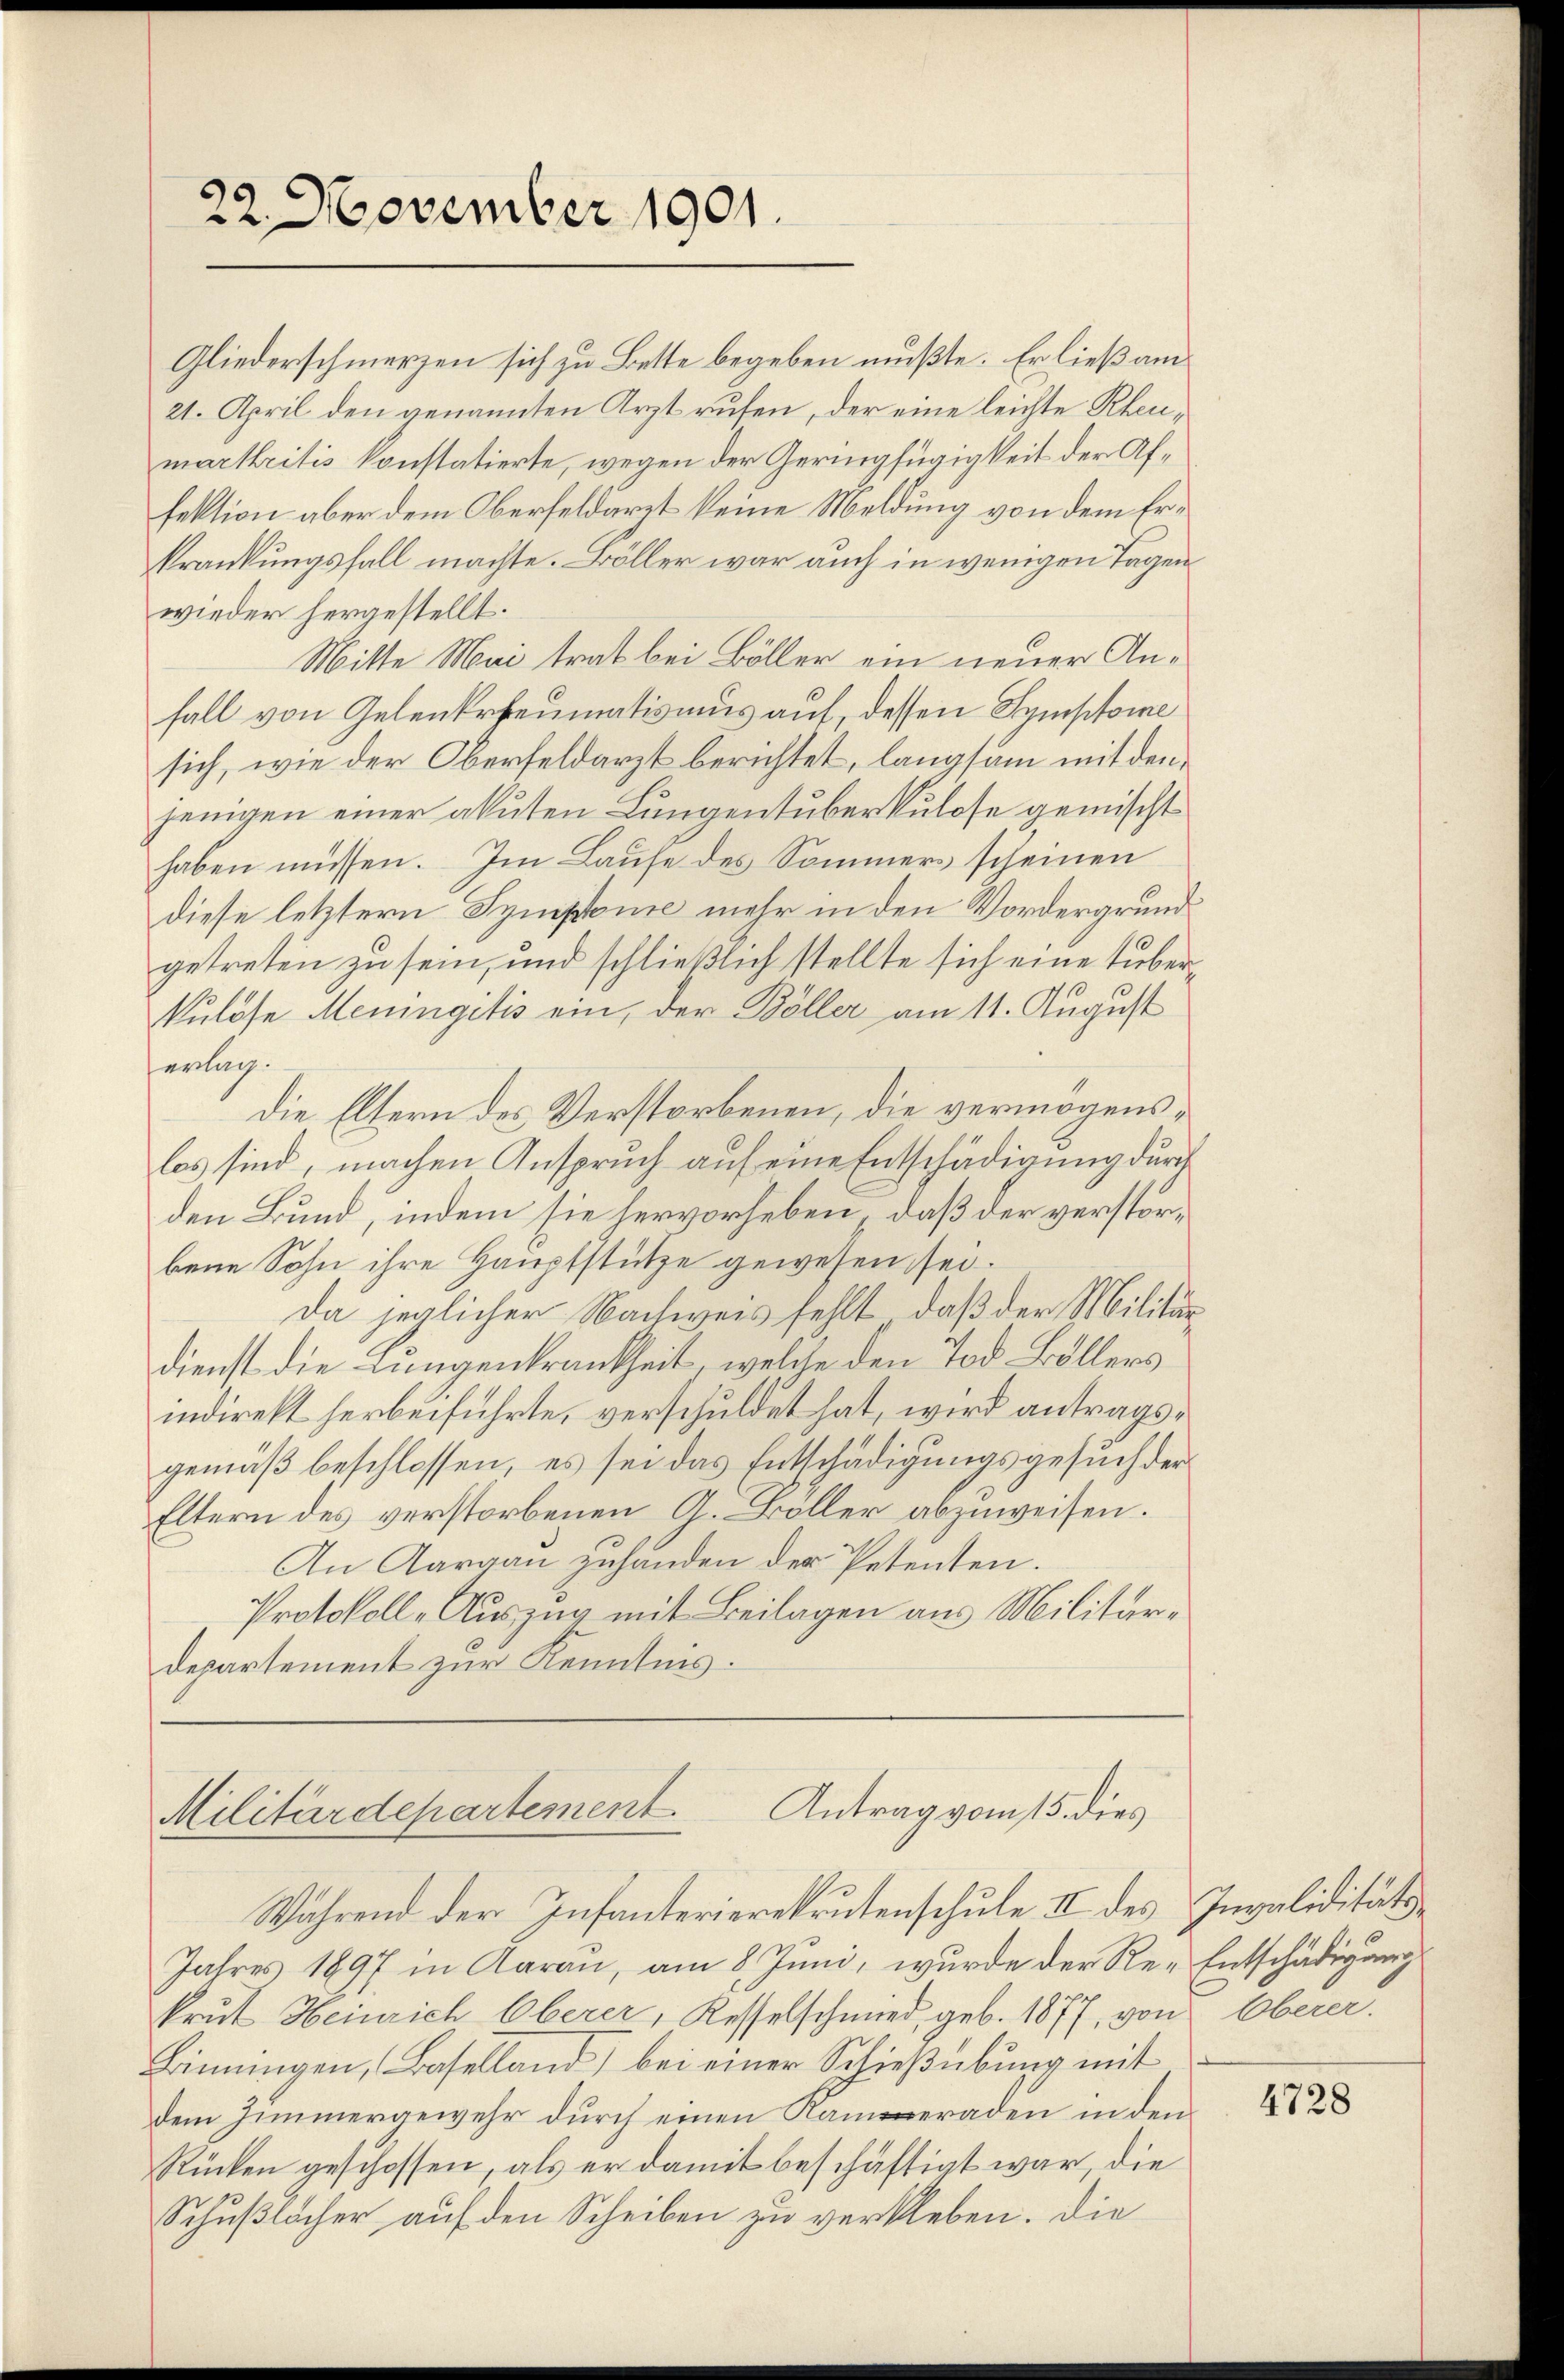
22. November 1901.

Antrag vom 15. dies
Militärdepartement

Gliederschmerzen sich zu Bette begeben mußte. Er ließ am
21. April den genannten Arzt rufen, der eine leichte Rheumarkritis konstatierte, wegen der Geringfügigkeit der Affektion aber dem Oberfeldaret keine Meldung von dem Erkrankungsfall machte. Böller war auch in wenigen Tagen
wieder hergestellt.
Mitte Mai trat bei Böller ein neuer Anfall von Gelenerheumatismus auf, dessen Symptome
sich, wie der Oberfeldarzt berichtet, langsam mit den
jenigen einer akuten Lungentuberkulose gemischt
haben müssen. Im Laufe des Sommers scheinen
diese letztern Symptonie mehr in den Vordergrundgetreten zu sein, und schließlich stellte sich eine überkulöse Meningitis ein, der Böller am 11. August
erlag.
die Eltern des Verstorbenen, die vermögenslos sind, machen Anspruch auf eine Entschädigung durch
den Bund, indem sie hervorheben, daß der verstorbene Sohn ihre Hauptstütze gewesen sei.
Da jeglicher Nachweis fehlt, daß der Militärdienst die Lungenkrankheit, welche den Tod Böllers
indirekt herbeiführte, verschuldet hat, wird antragsgemäß beschlossen, es sei das Entschädigungsgesuch der
Eltern des verstorbenen G. Böller abzuweisen.
An Aargau zuhanden der Petenten.
Protokoll-Auszug mit Beilagen aus Militär¬
Departement zur Kenntnis.

Während der Infanterierekrutenschule II des Invaliditäts¬
Jahres 1897 in Aarau, am 8. Juni, wurde der Re-Entschädigung
krut Heinrich Oberer, Kesselschmied, geb. 1877, von Oberer.
Binningen, Baselland) bei einer Schießübung mit
dem Zimmergewehr durch einen Kameraden in den
Rücken geschossen, als er damit beschäftigt war, die
Schußlöcher auf den Scheiben zu verkleben. Die

4728